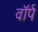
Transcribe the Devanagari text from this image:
वॉर्प